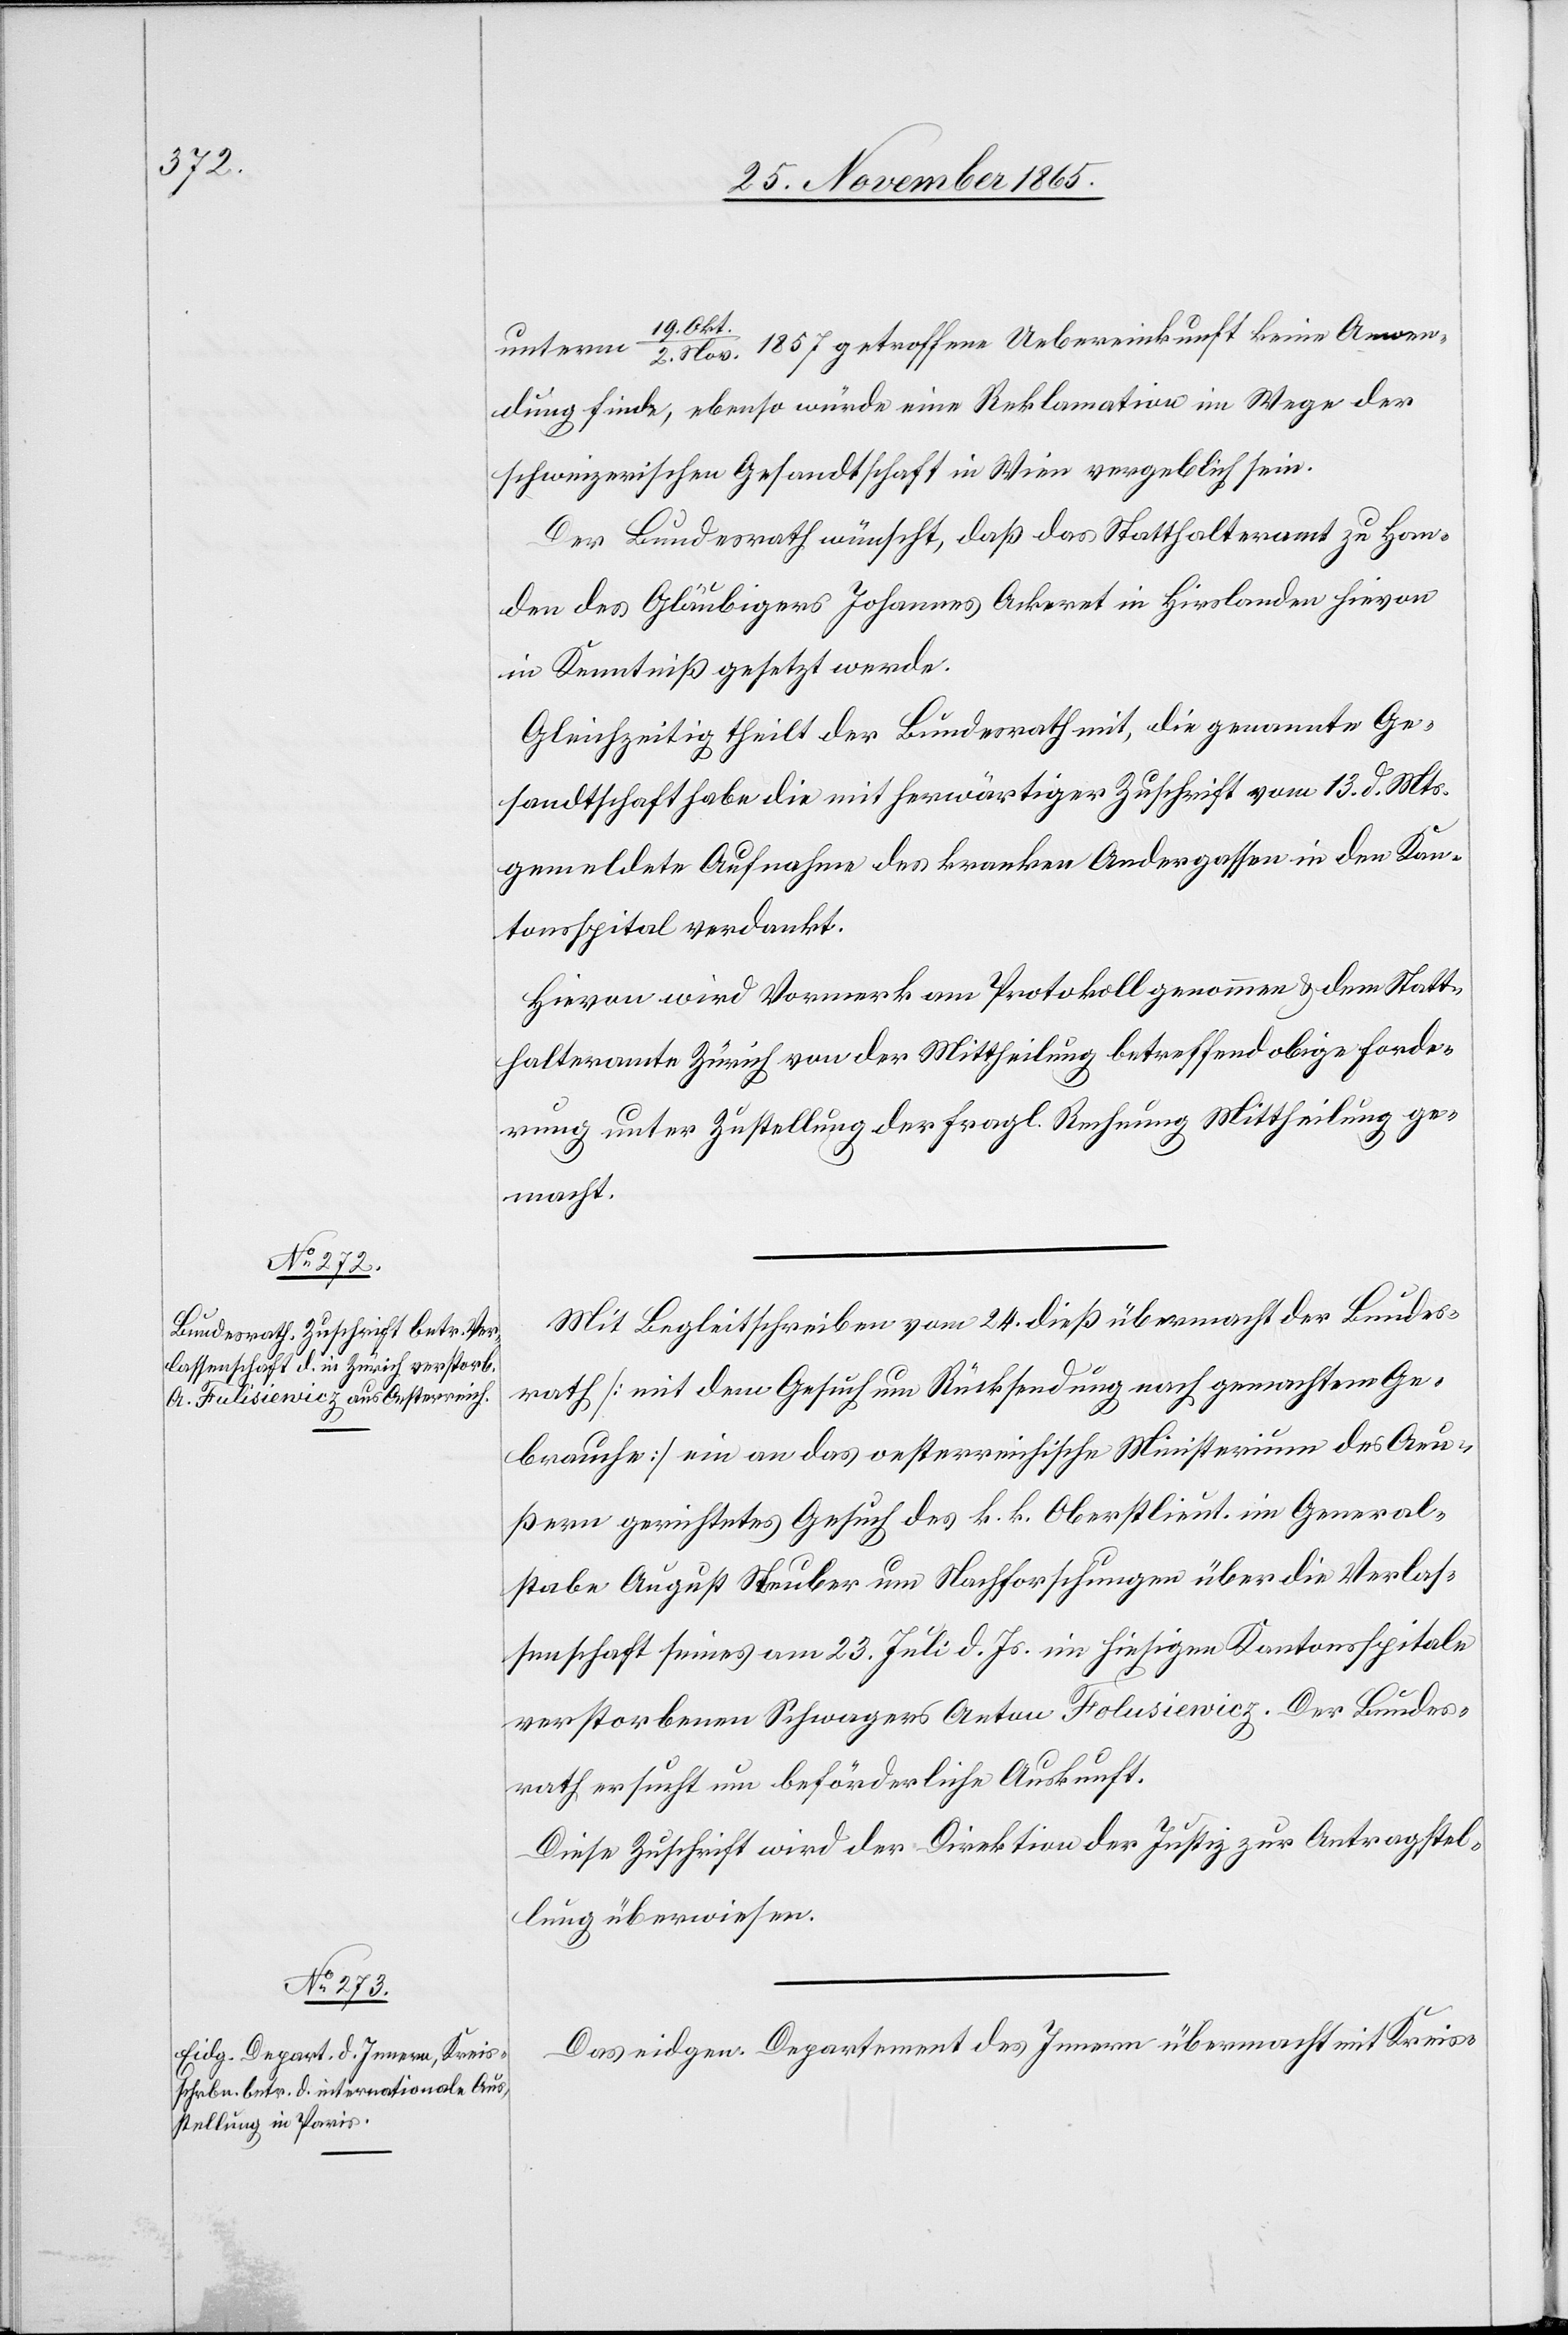
27. November 1865.]
19. Okt./2.
Anwendung finde, ebenso würde eine Reklamation im Wege der
schweizerischen Gesandtschaft in Wien vergeblich sein.
Der Bundesrath wünscht, daß das Statthalteramt zu Han¬
den des Gläubigers Johannes Ackeret in Hirslanden hievon
in Kenntniß gesetzt werde.
Gleichzeitig theilt der Bundesrath mit, die genannte Ge¬
sandtschaft habe die mit herwärtiger Zuschrift vom 13. d. Mts.
gemeldete Aufnahme des kranken Andergassen in den Kan¬
tonsspital verdankt.
Hievon wird Vormerk am Protokoll genommen & dem Statt¬
halteramte Zürich von der Mittheilung betreffend obige Forde¬
rung unter Zustellung der fragl. Rechnung Mittheilung ge¬
macht.
Mit Begleitschreiben vom 24. dieß übermacht der Bundes¬
rath [mit dem Gesuch um Rücksendung nach gemachtem Ge¬
brauche] ein an das oesterreichische Ministerium des Aeu¬
ßern gerichtetes Gesuch des k. k. Oberstlieut. im General¬
stabe August Stauber um Nachforschungen über die Verlas¬
senschaft seines am 23. Juli d. Js. im hiesigen Kantonsspital
verstorbenen Schwagers Anton Folusiewicz [sic!]. Der Bundes¬
rath ersucht um beförderliche Auskunft.
Diese Zuschrift wird der Direktion der Justiz zur Antragstel¬
lung überwiesen.
Das eidgen. Departement des Innern übermacht mit Kreis-